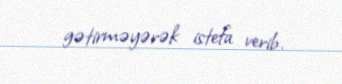
gətirməyərək istefa verib.